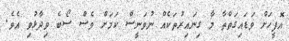
އޮފީހަށް ވަޑައިގަތްތާ މާ ގިނައިރުތަކެއް ނުވަނީސް ކަމަށް ވެސް ސޯބެ ވިދާޅުވި އެވެ.